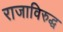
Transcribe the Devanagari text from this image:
राजाविरुद्ध